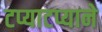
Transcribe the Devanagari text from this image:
टप्याटप्याने